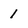
Character: 1